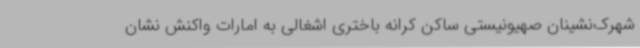
شهرک‌نشینان صهیونیستی ساکن کرانه باختری اشغالی به امارات واکنش نشان